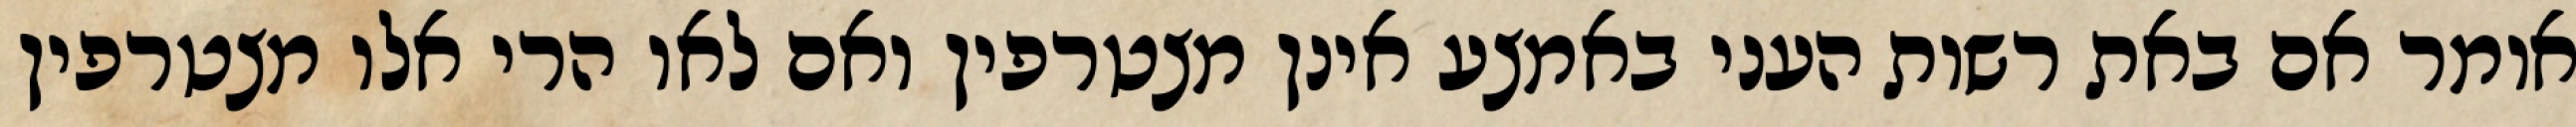
אומר אם באת רשות העני באמצע אינן מצטרפין ואם לאו הרי אלו מצטרפין